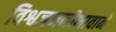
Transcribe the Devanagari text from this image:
विश्वजननीभावाने